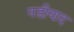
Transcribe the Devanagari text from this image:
नडीयाद